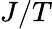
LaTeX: {\mathbf{}}J/T